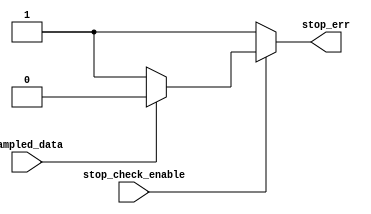
module stop_check #(
    parameter STOP_BIT=1
) (
    input stop_check_enable,  //if it is time for stop bit
    input sampled_data,

    output reg stop_err
);

always @(*) 
begin
    if(stop_check_enable)
    begin
        
        if(sampled_data == STOP_BIT)
        stop_err=0;

        else
        stop_err=1;
    end

    else
    stop_err=1;
end

endmodule